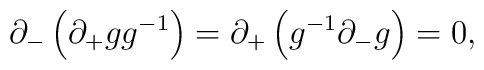
\partial_{-} \left(\partial_{+} g g^{-1} \right) =\partial_{+} \left(g^{-1} \partial_{-} g \right) = 0,